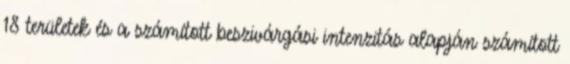
18 területek és a számított beszivárgási intenzitás alapján számított